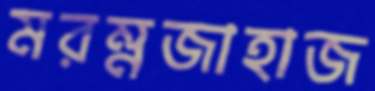
মরম্নজাহাজ